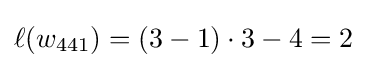
\ell (w_{441})=(3-1)\cdot 3-4=2